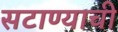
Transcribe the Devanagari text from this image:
सटाण्याची